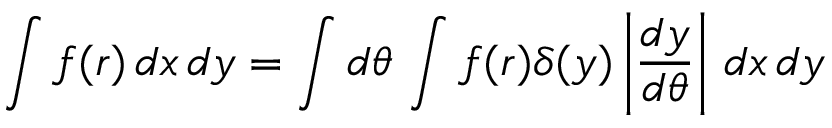
\int f ( r ) \, d x \, d y = \int d \theta \, \int f ( r ) \delta ( y ) \left| { \frac { d y } { d \theta } } \right| \, d x \, d y